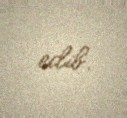
edib.